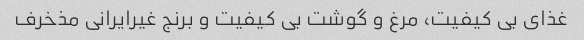
غذای بی کیفیت، مرغ و گوشت بی کیفیت و برنج غیرایرانی مذخرف